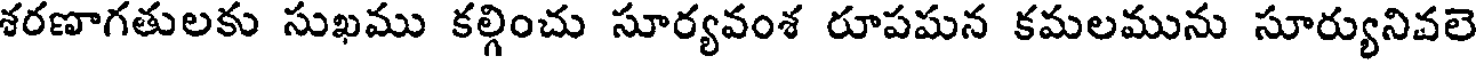
శరణాగతులకు సుఖము కల్గించు సూర్యవంశ రూపమన కమలమును సూర్యునివలె